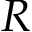
R